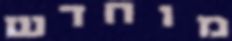
מוחדש